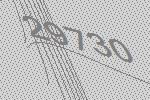
29730